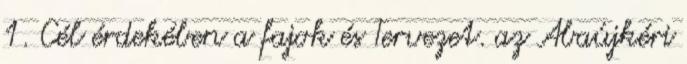
1. Cél érdekében a fajok és Tervezet. az Abaújkéri